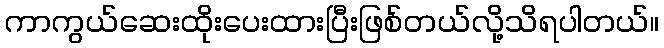
ကာကွယ်ဆေးထိုးပေးထားပြီးဖြစ်တယ်လို့သိရပါတယ်။